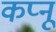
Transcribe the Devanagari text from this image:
कप्नू